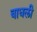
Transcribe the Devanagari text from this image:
बाधली